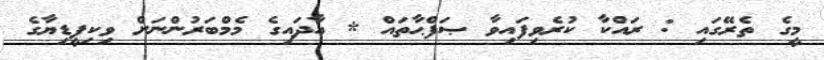
މީގެ ތެރޭގައި : ރައްކާ ކުރެވިފައިވާ ޞަފްޙާތައް * އާދައިގެ މެމްބަރުންނަށް ވިކިޕީޑިޔާގެ